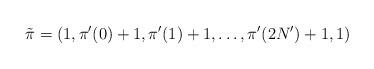
\begin{align*} \tilde{\pi}=(1,\pi'(0)+1,\pi'(1)+1,\ldots,\pi'(2N')+1,1) \end{align*}